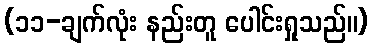
(၁၁-ချက်လုံး နည်းတူ ပေါင်းရှုသည်။)